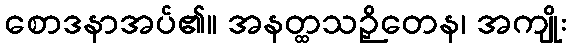
စောဒနာအပ်၏။ အနတ္ထသဉှိတေန၊ အကျိုး